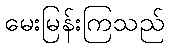
မေးမြန်းကြသည်